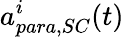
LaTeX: a_{para,SC}^{i}(t)